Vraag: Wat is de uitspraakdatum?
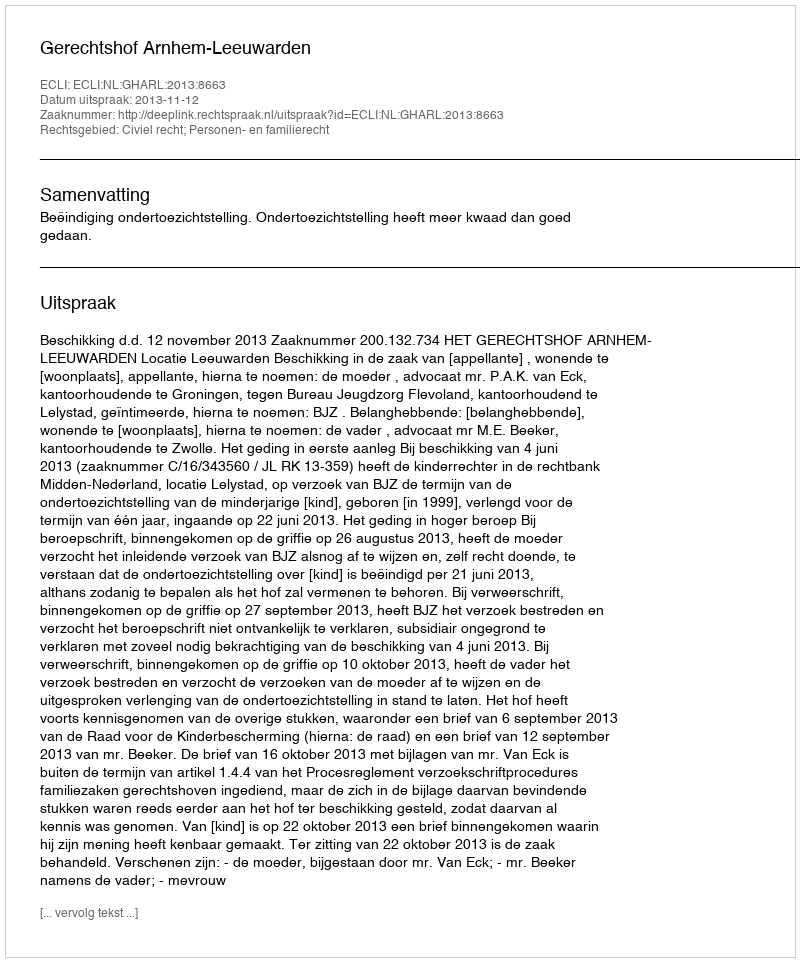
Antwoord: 2013-11-12